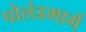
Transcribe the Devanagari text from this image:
पोलंडमार्गे